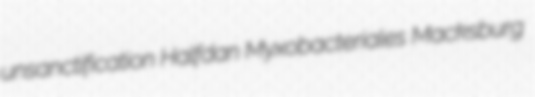
unsanctification Halfdan Myxobacteriales Macksburg